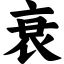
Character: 衰